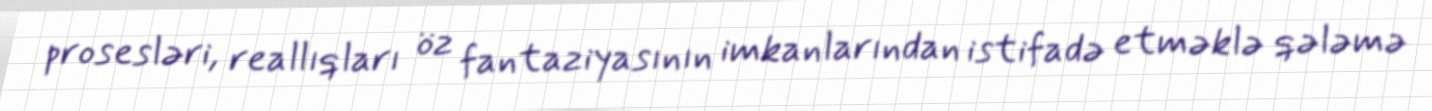
prosesləri, reallıqları öz fantaziyasının imkanlarından istifadə etməklə qələmə